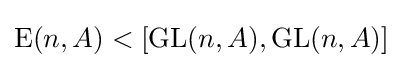
\operatorname {E} (n,A)<[\operatorname {GL} (n,A),\operatorname {GL} (n,A)]